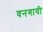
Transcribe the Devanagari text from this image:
वनगायी